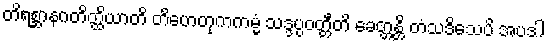
တိရစ္ဆာနဂတိတ္ထိယာတိ တိဟေတုကကမ္မံ သဒ္ဒပ္ပဝတ္တီတိ ခေတ္တန္တိ တံသဒိသေပိ အပဒါ